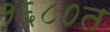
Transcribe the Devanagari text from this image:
१६८०त